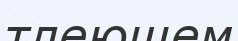
тлеющем